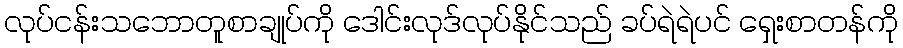
လုပ်ငန်းသဘောတူစာချုပ်ကို ဒေါင်းလုဒ်လုပ်နိုင်သည် ခပ်ရဲရဲပင် ရှေးစာတန်ကို